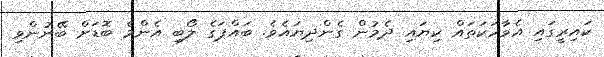
ކައިރީގައި އެވާހަކަތައް ކިޔައި ދެމުން ގެންދިޔައެވެ. ބައްޕަގެ ލޯބި އެންމެ ބޮޑަށް ބޭނުންވި